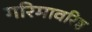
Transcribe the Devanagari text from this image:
गरिमावरिष्ठ